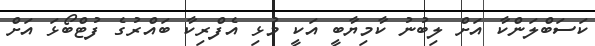
ކަސަބްލަންކާ އަށް ލިބުނު ކާމިޔާބީ އަކީ މުޅި އެފްރިކާ ބައްރުގެ ފުޓްބޯޅަ އަށް